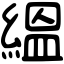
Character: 縕